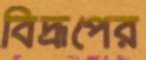
বিদ্রূপের